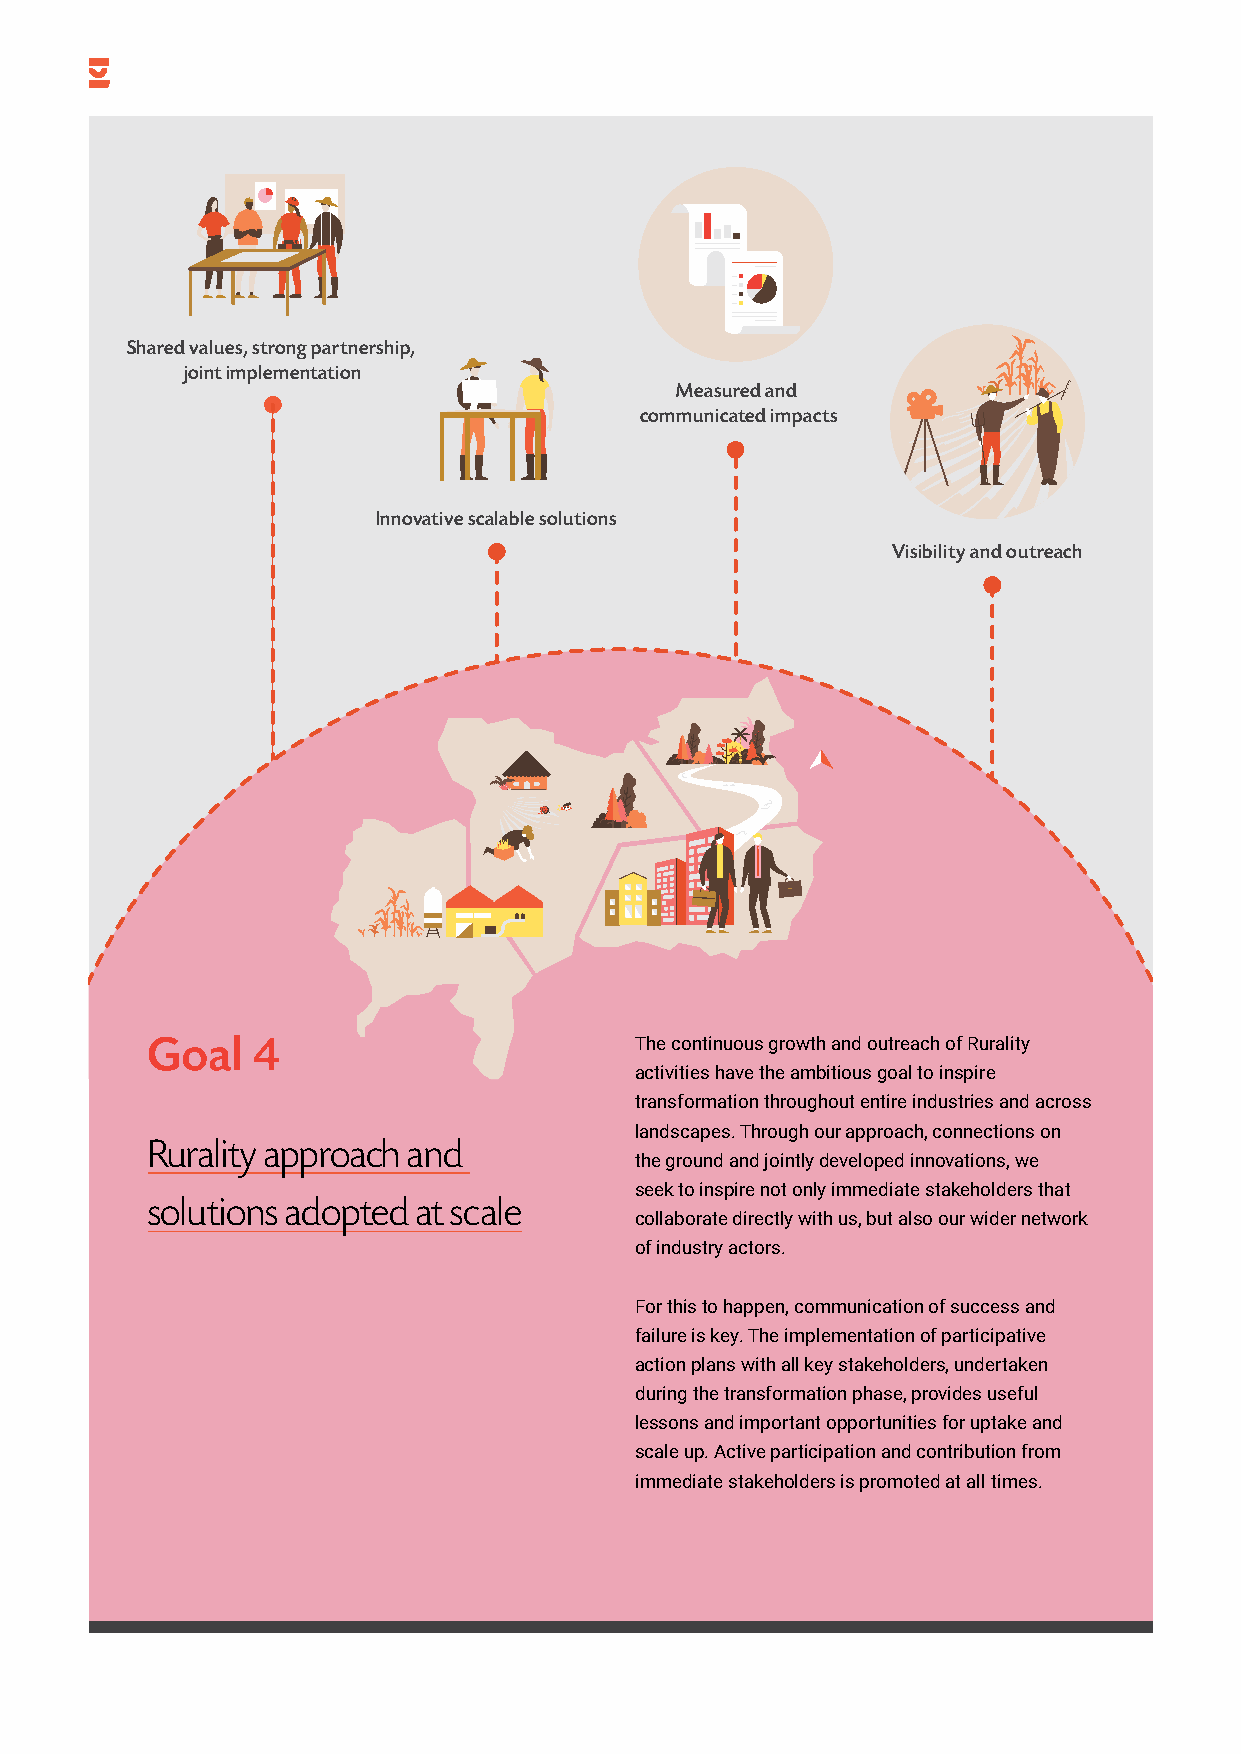
Shared values, strong partnership,
 joint implementation
 Measured and
 communicated impacts
 Innovative scalable solutions
 Visibility and outreach
 Goal   4                        The continuous growth and outreach of Rurality
 activities have the ambitious goal to inspire
 transformation throughout entire industries and across
 landscapes. Through our approach, connections on
 Rurality approach and
 the ground and jointly developed innovations, we
 seek to inspire not only immediate stakeholders that
 solutions adopted at scale
 collaborate directly with us, but also our wider network
 of industry actors.
 For this to happen, communication of success and
 failure is key. The implementation of participative
 action plans with all key stakeholders, undertaken
 during the transformation phase, provides useful
 lessons and important opportunities for uptake and
 scale up. Active participation and contribution from
 immediate stakeholders is promoted at all times.